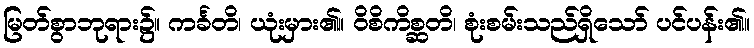
မြတ်စွာဘုရား၌။ ကင်္ခတိ၊ ယုံးမှား၏။ ဝိစိကိစ္ဆတိ၊ စုံးစမ်းသည်ရှိသော် ပင်ပန်း၏။